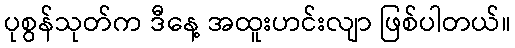
ပုစွန်သုတ်က ဒီနေ့ အထူးဟင်းလျာ ဖြစ်ပါတယ်။